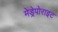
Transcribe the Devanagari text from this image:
मेड्रेपोराइट